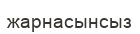
жарнасынсыз